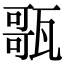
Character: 𤭻